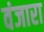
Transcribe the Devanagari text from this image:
वंजारा